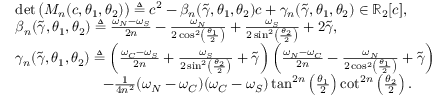
\begin{array} { r l } & { \operatorname* { d e t } \big ( M _ { n } ( c , \theta _ { 1 } , \theta _ { 2 } ) \big ) \triangleq c ^ { 2 } - \beta _ { n } ( \widetilde { \gamma } , \theta _ { 1 } , \theta _ { 2 } ) c + \gamma _ { n } ( \widetilde { \gamma } , \theta _ { 1 } , \theta _ { 2 } ) \in \mathbb { R } _ { 2 } [ c ] , } \\ & { \beta _ { n } ( \widetilde { \gamma } , \theta _ { 1 } , \theta _ { 2 } ) \triangleq \frac { \omega _ { N } - \omega _ { S } } { 2 n } - \frac { \omega _ { N } } { 2 \cos ^ { 2 } \left( \frac { \theta _ { 1 } } { 2 } \right) } + \frac { \omega _ { S } } { 2 \sin ^ { 2 } \left( \frac { \theta _ { 2 } } { 2 } \right) } + 2 \widetilde { \gamma } , } \\ & { \gamma _ { n } ( \widetilde { \gamma } , \theta _ { 1 } , \theta _ { 2 } ) \triangleq \left( \frac { \omega _ { C } - \omega _ { S } } { 2 n } + \frac { \omega _ { S } } { 2 \sin ^ { 2 } \left( \frac { \theta _ { 2 } } { 2 } \right) } + \widetilde { \gamma } \right) \left( \frac { \omega _ { N } - \omega _ { C } } { 2 n } - \frac { \omega _ { N } } { 2 \cos ^ { 2 } \left( \frac { \theta _ { 1 } } { 2 } \right) } + \widetilde { \gamma } \right) } \\ & { \qquad \qquad \qquad - \frac { 1 } { 4 n ^ { 2 } } ( \omega _ { N } - \omega _ { C } ) ( \omega _ { C } - \omega _ { S } ) \tan ^ { 2 n } \left( \frac { \theta _ { 1 } } { 2 } \right) \cot ^ { 2 n } \left( \frac { \theta _ { 2 } } { 2 } \right) . } \end{array}